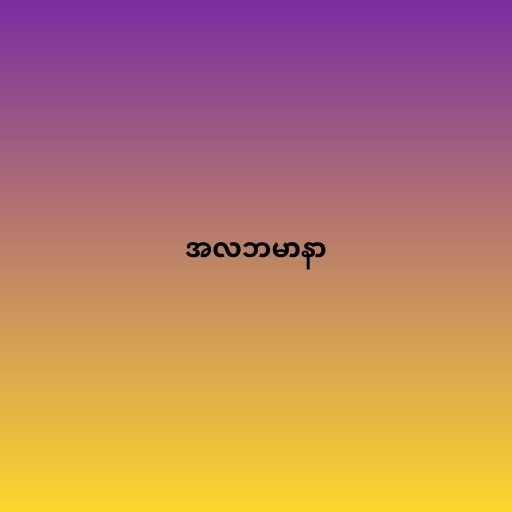
အလဘမာနာ